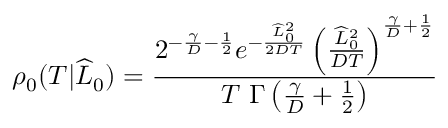
\rho _ { 0 } ( T | \widehat { L } _ { 0 } ) = \frac { 2 ^ { - \frac { \gamma } { D } - \frac { 1 } { 2 } } e ^ { - \frac { \widehat { L } _ { 0 } ^ { 2 } } { 2 D T } } \left( \frac { \widehat { L } _ { 0 } ^ { 2 } } { D T } \right) ^ { \frac { \gamma } { D } + \frac { 1 } { 2 } } } { T \ \Gamma \left( \frac { \gamma } { D } + \frac { 1 } { 2 } \right) }